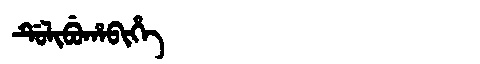
Manchu: ᡩᡠᠯᡳᠪᡠᡥᠠᠪᡳᡥᡝ
Romanization: DULIBUHABIHE